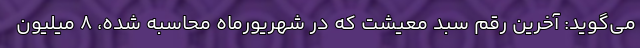
می‌گوید: آخرین رقم سبد معیشت که در شهریورماه محاسبه شده، ۸ میلیون